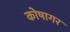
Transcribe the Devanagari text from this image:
कोषागर